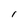
Character: I